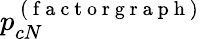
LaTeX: p_{cN}^{\mathrm{~(~f~a~c~t~o~r~g~r~a~p~h~)~}}